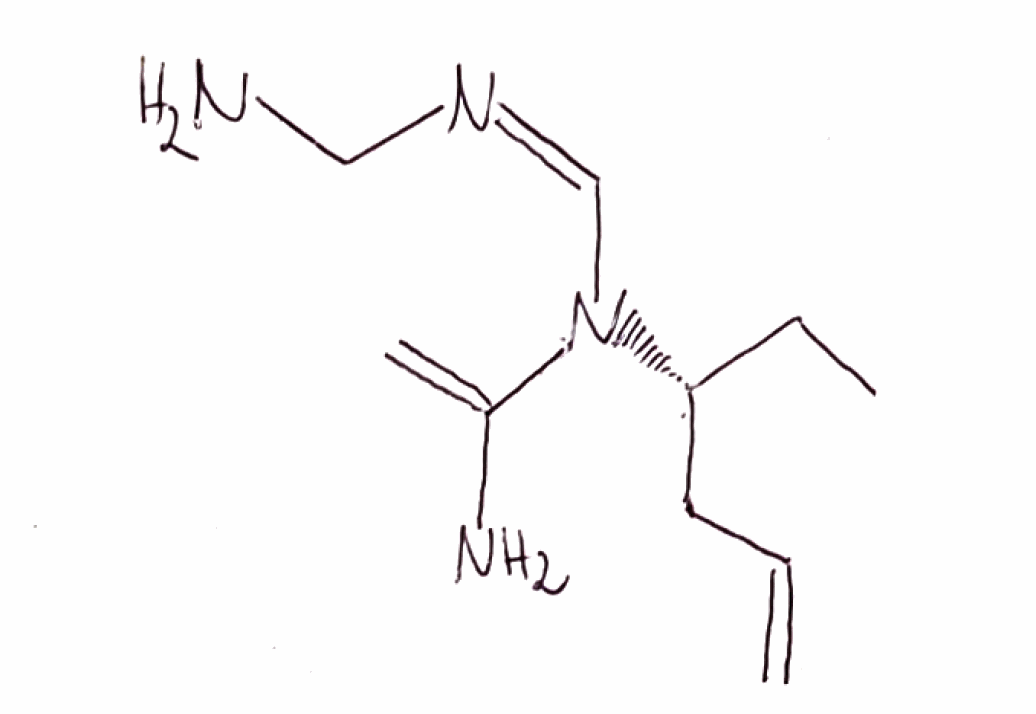
Simplified molecular-input line-entry system (SMILES) notation of the given molecule:
CC[C@H](CC=C)N(/C=N\CN)C(=C)N